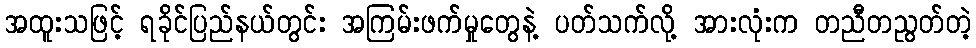
အထူးသဖြင့် ရခိုင်ပြည်နယ်တွင်း အကြမ်းဖက်မှုတွေနဲ့ ပတ်သက်လို့ အားလုံးက တညီတညွတ်တဲ့